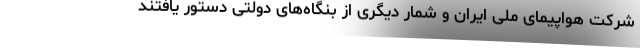
شرکت هواپیمای ملی ایران و شمار دیگری از بنگاه‌های دولتی دستور یافتند